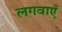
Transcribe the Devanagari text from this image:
लगवाएँ